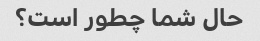
حال شما چطور است؟